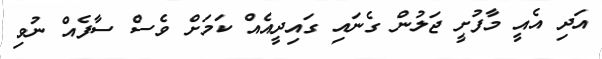
އަދި އެއީ މާފުށީ ޖަލުން ގެނައި ގައިދީއެއް ކަމަށް ވެސް ސާފެއް ނުވި